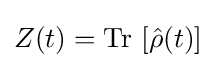
Z(t)=\operatorname {Tr} \,\left[{\hat {\rho }}(t)\right]